Tartu_linnavalitsus, lk 115
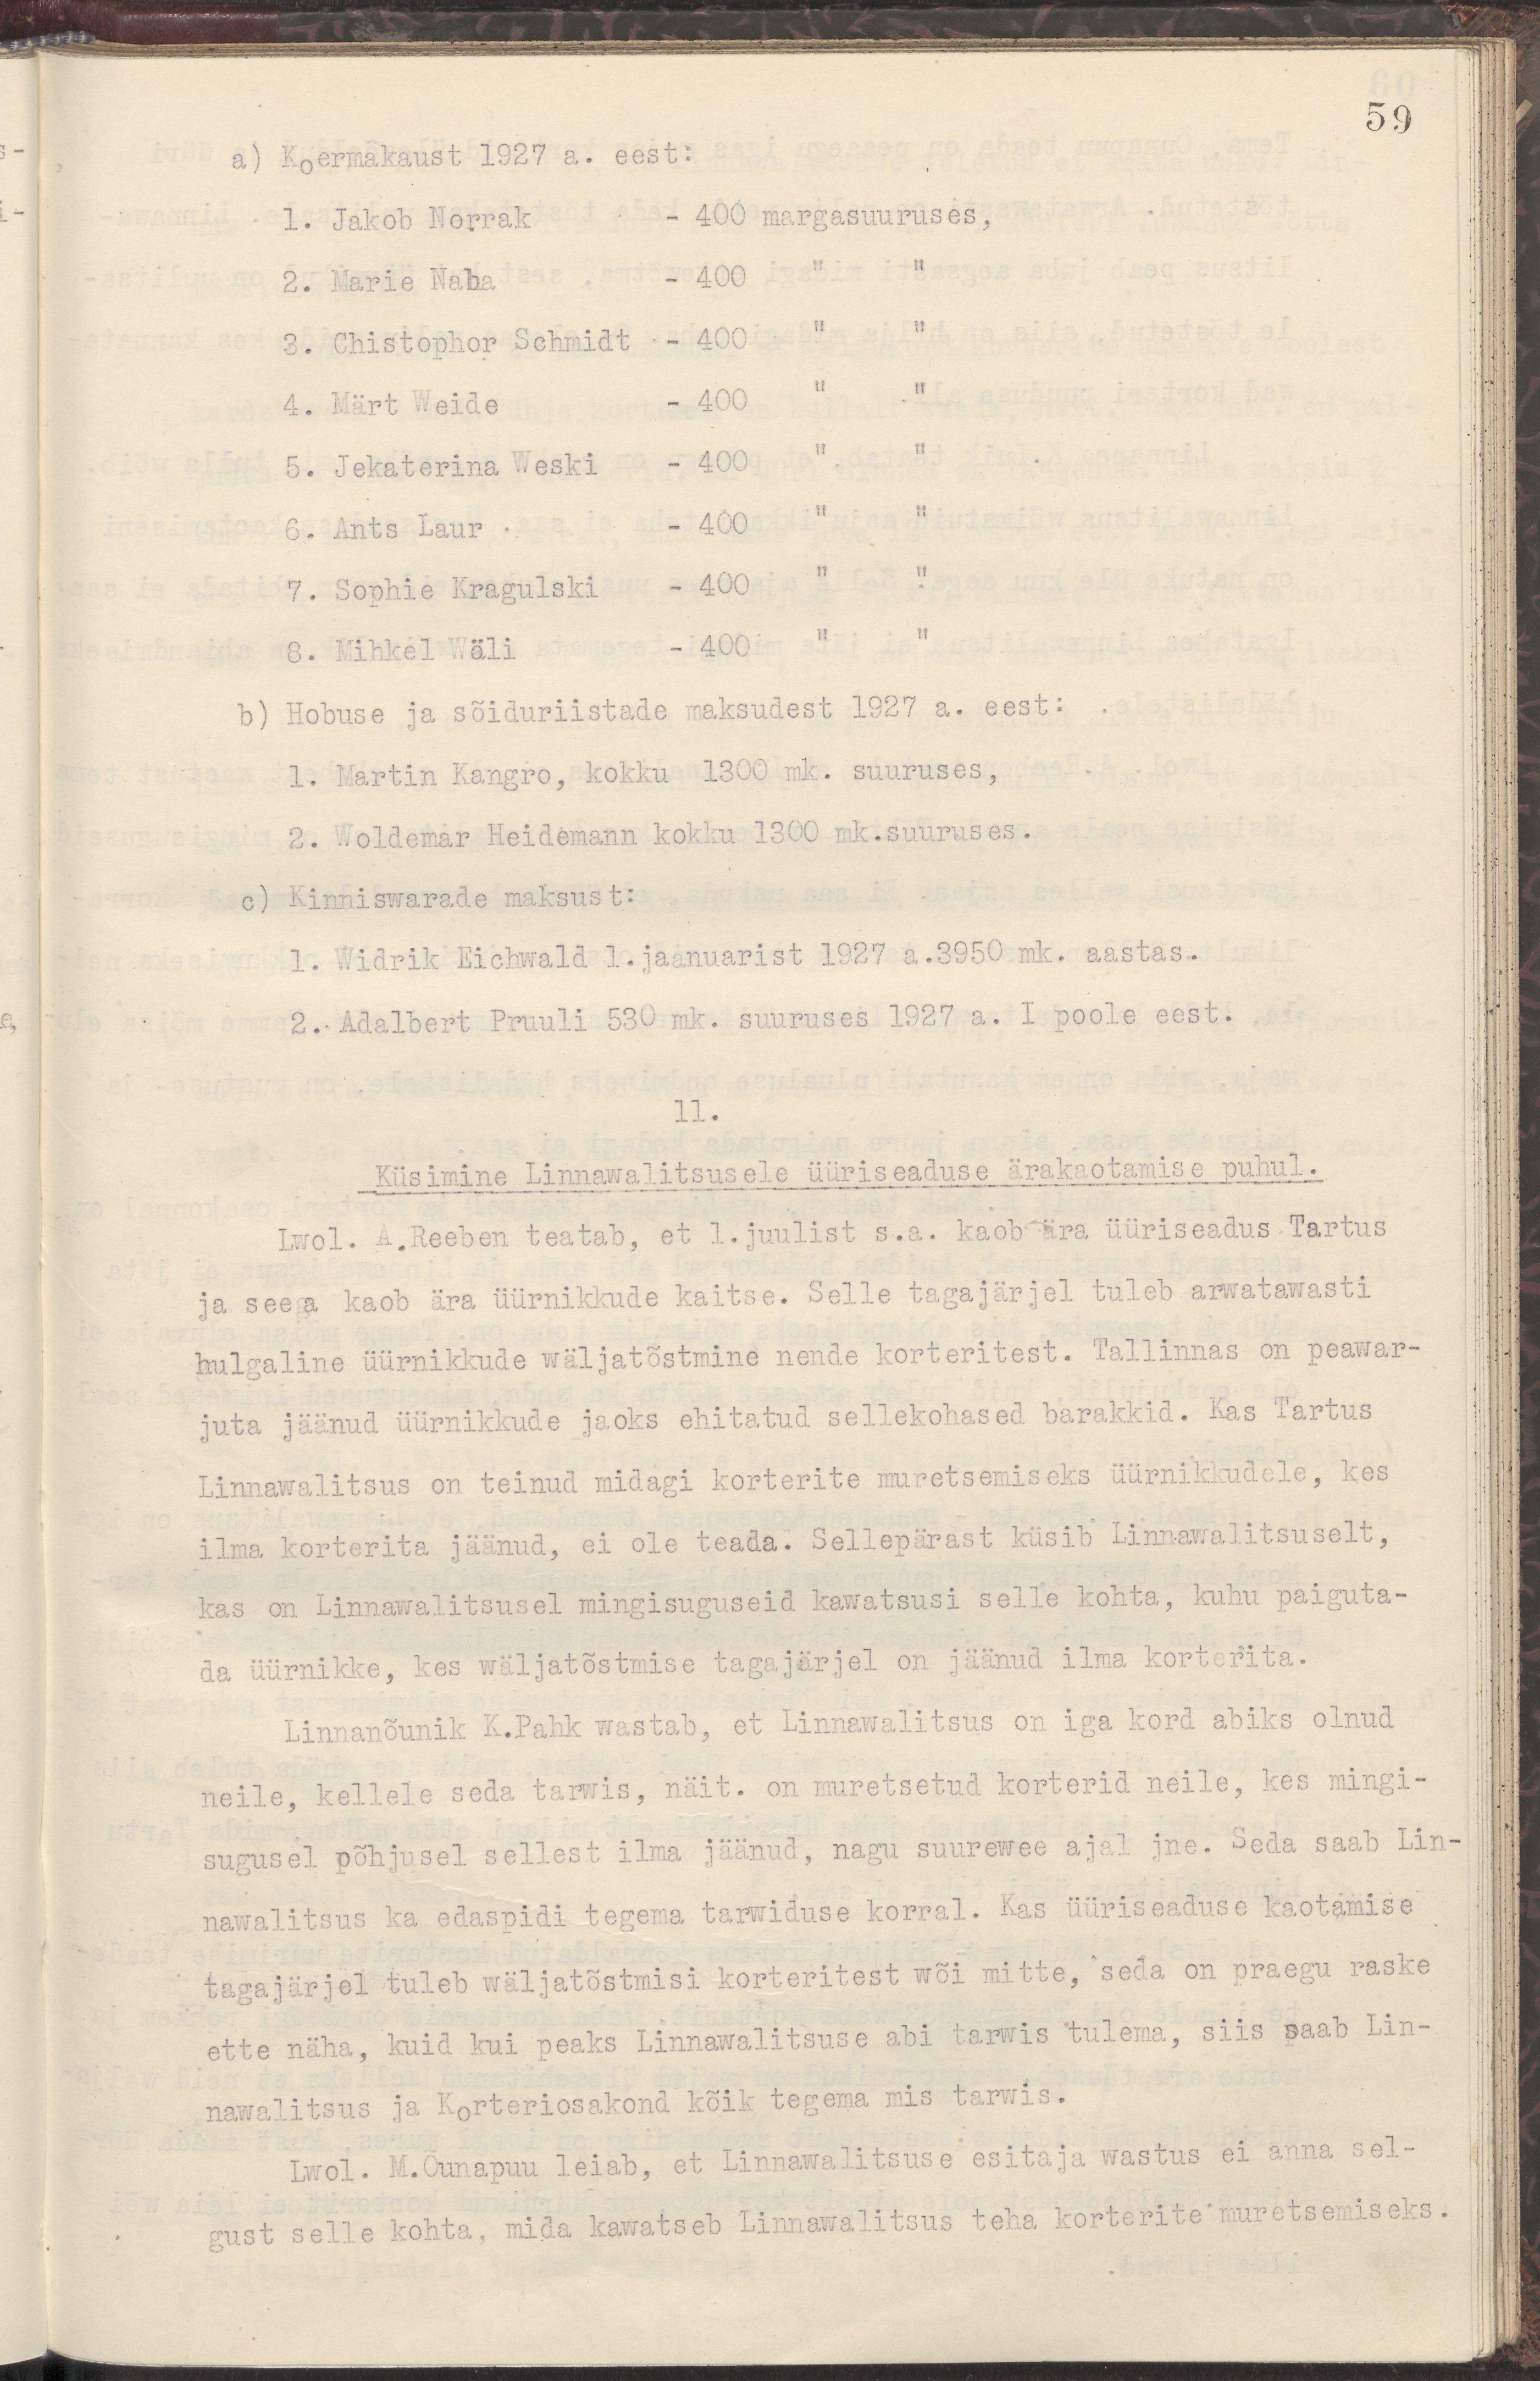
59
a) Koermakaust 1927 a. eest:
1. Jakob Norrak  - 400 margasuuruses,
2. Marie Naba  - 400 " "
3. Chistophor Schmidt - 400 " "
4. Märt Weide  - 400 " "
5.  Jekaterina Weski - 400 " "
6. Ants Laur  - 400 " "
7. Sophie Kragulski - 400 " "
8. Mihkel Wäli  - 400 " "
b) Hobuse ja sõiduriistade maksudest 1927 a. eest:
1. Martin Kangro, kokku 1300 mk. suuruses,
2. Woldemar Heidemann kokku 1300 mk.suuruses.
c) Kinniswarade maksust:
1. Widrik Eichwald 1. jaanuarist 1927 a.3950 mk. aastas.
2. Adalbert Pruuli 530 mk. suuruses 1927 a. I poole eest.
11.
Küsimine Linnawalitsusele üüriseaduse ärakaotamise puhul.
Lwol. A.Reeben teatab, et 1.juulist s.a. kaob ära üüriseadus Tartus
ja seega kaob ära üürnikkude kaitse. Selle tagajärjel tuleb arwatawasti
hulgaline üürnikkude wäljatõstmine nende korteritest. Tallinnas on peawar-
juta jäänud üürnikkude jaoks ehitatud sellekohased barakkid. Kas Tartus
Linnawalitsus on teinud midagi korterite muretsemiseks üürnikkudele, kes
ilma korterita jäänud, ei ole teada. Sellepärast küsib Linnawalitsuselt,
kas on Linnawalitsusel mingisuguseid kawatsusi selle kohta, kuhu paiguta-
da üürnikke, kes wäljatõstmise tagajärjel on jäänud ilma korterita.
Linnanõunik K.Pahk wastab, et Linnawalitsus on iga kord abiks olnud
neile, kellele seda tarwis, näit. on muretsenud korterid neile, kes mingi-
sugusel põhjusel sellest ilma jäänud, nagu suurewee ajal jne. Seda saab Lin-
nawalitsus ka edaspidi tegema tarwiduse korral. Kas üüriseaduse kaotamise
tagajärjel tuleb wäljatõstmisi korteritest wõi mitte, seda on praegu raske
ette näha, kuid kui peaks Linnawalitsuse abi tarwis tulema, siis saab Lin-
nawalitsus ja Korteriosakond kõik tegema mis tarwis.
Lwol. M.Õunapuu leiab, et Linnawalitsuse esitaja wastus ei anna sel-
gust selle kohta, mida kawatseb Linnawalitsus teha korterite muretsemiseks.